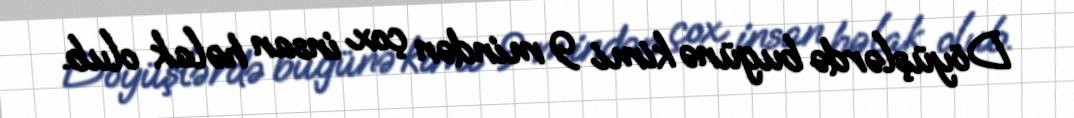
Döyüşlərdə bugünə kimi 9 mindən çox insan həlak olub.